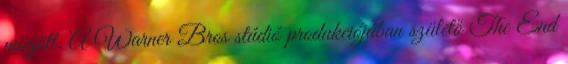
mögött. A Warner Bros stúdió produkciójában születő The End